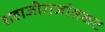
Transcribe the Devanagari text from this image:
शहाजीराजांसकट